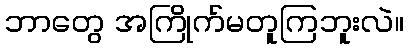
ဘာတွေ အကြိုက်မတူကြဘူးလဲ။